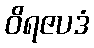
ဝိရဇပဒံ